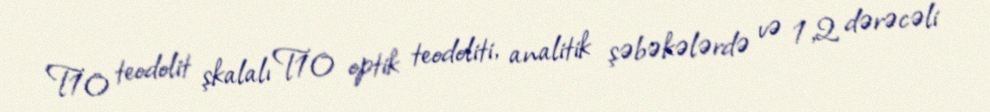
T10 teodolit şkalalı T10 optik teodoliti, analitik şəbəkələrdə və 1,2 dərəcəli